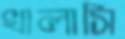
খালাসি